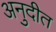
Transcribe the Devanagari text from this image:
अनुदीत